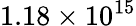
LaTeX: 1.18\times 10^{15}